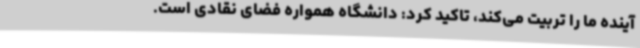
آینده ما را تربیت می‌کند، تاکید کرد: دانشگاه همواره فضای نقادی است.